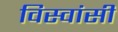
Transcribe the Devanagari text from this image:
विस्‍वांसी